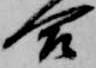
合